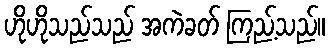
ဟိုဟိုသည်သည် အကဲခတ် ကြည့်သည်။